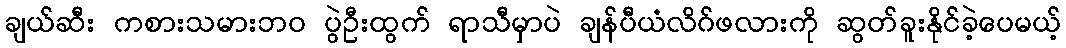
ချယ်ဆီး ကစားသမားဘဝ ပွဲဦးထွက် ရာသီမှာပဲ ချန်ပီယံလိဂ်ဖလားကို ဆွတ်ခူးနိုင်ခဲ့ပေမယ့်